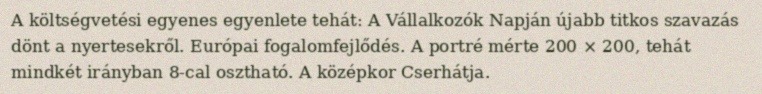
A költségvetési egyenes egyenlete tehát: A Vállalkozók Napján újabb titkos szavazás dönt a nyertesekről. Európai fogalomfejlődés. A portré mérte 200 × 200, tehát mindkét irányban 8-cal osztható. A középkor Cserhátja.